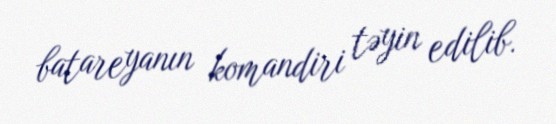
batareyanın komandiri təyin edilib.